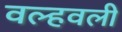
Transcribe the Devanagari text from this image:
वल्हवली